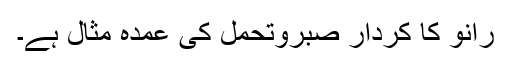
رانو کا کردار صبروتحمل کی عمدہ مثال ہے۔